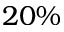
2 0 \%